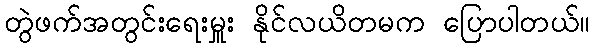
တွဲဖက်အတွင်းရေးမှူး နိုင်လယိတမက ပြောပါတယ်။